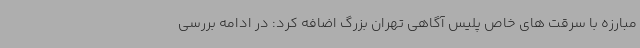
مبارزه با سرقت های خاص پلیس آگاهی تهران بزرگ اضافه کرد: در ادامه بررسی